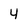
Character: 4